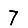
Digit: 7